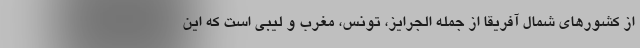
از کشورهای شمال آفریقا از جمله الجرایز، تونس، مغرب و لیبی است که این